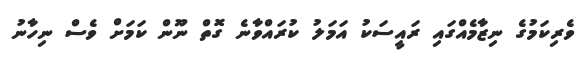
ވެރިކަމުގެ ނިޒާމެއްގައި ރައީސަކު އަމަލު ކުރައްވާނެ ގޮތް ނޫން ކަމަށް ވެސް ނިހާނު